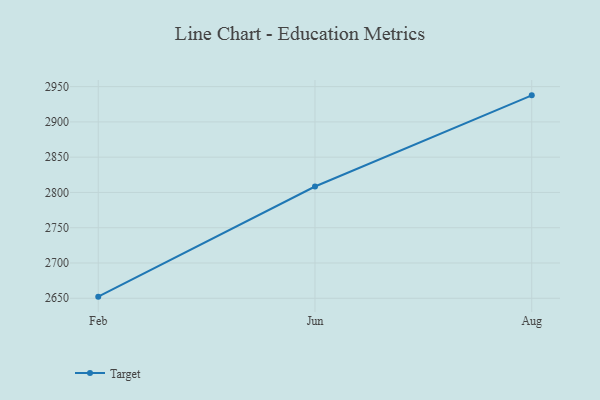
{"axis": {"x": "Month", "y": "Budget (USD K)"}, "legend": ["Target"], "data": [{"x": "Feb", "y": 2652.3, "type": "Target"}, {"x": "Jun", "y": 2808.4, "type": "Target"}, {"x": "Aug", "y": 2937.6, "type": "Target"}]}